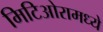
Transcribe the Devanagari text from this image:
मिटिओरामध्ये